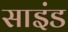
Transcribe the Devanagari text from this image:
साइंड